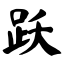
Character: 跃